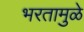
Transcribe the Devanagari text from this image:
भरतामुळे